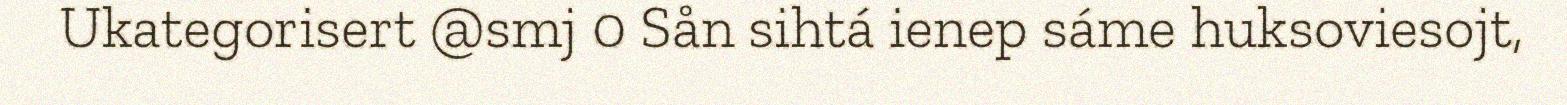
Ukategorisert @smj 0 Sån sihtá ienep sáme huksoviesojt,